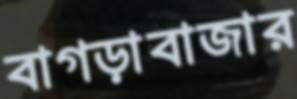
বাগড়াবাজার